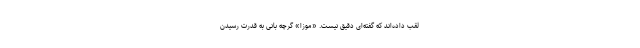
لقب داده‌اند که گفته‌ای دقیق نیست. «موزا» گرچه بانی به قدرت رسیدن